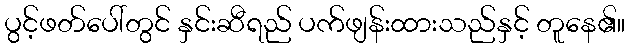
ပွင့်ဖတ်ပေါ်တွင် နှင်းဆီရည် ပက်ဖျန်းထားသည်နှင့် တူနေ၏။